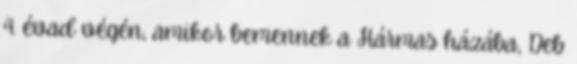
4. évad végén, amikor bemennek a Hármas házába, Deb